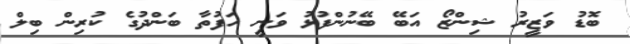
ބޮޑު ވަޒީރު ޝިންޒޯ އަބޭ ބޭނުންފުޅު ވަނީ ހަފުތާ ބަންދުގެ ކުރިން ބިލް